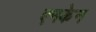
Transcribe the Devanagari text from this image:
एनकेन